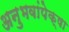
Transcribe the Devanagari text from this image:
अनुभवांपेक्षा